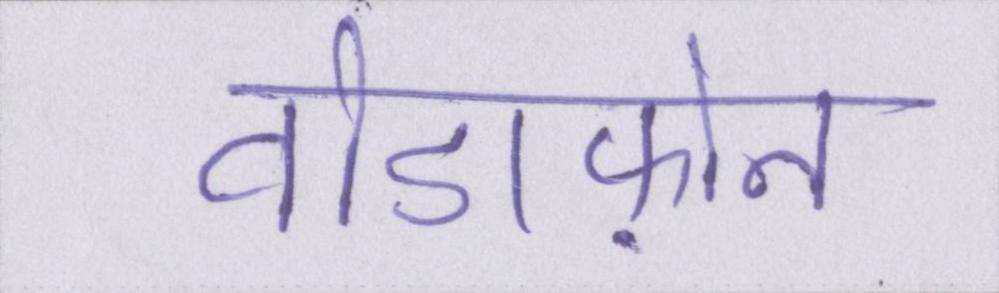
वोडाफ़ोन